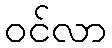
ဝင်လာ